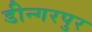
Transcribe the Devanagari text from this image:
डीन्गरपुर